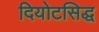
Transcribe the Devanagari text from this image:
दियोटसिद्ध